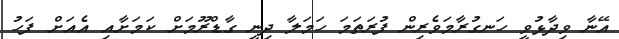
އޭނާ ވިދާޅުވީ ހަނގުރާމަވެރިން ފުރަތަމަ ހަމަލާ ދިނީ ގާޑްރޫމަށް ކަމަށާއި އެއަށް ފަހު